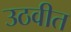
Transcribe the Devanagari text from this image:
उठवीत